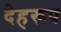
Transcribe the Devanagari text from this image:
देहरूप